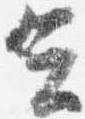
云